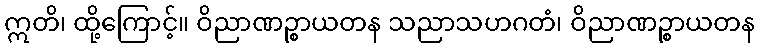
ဣတိ၊ ထို့ကြောင့်။ ဝိညာဏဉ္စာယတန သညာသဟဂတံ၊ ဝိညာဏဉ္စာယတန